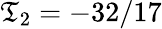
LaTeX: \mathfrak{T}_{2}=-32/17